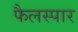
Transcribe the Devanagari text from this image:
फैलस्पार